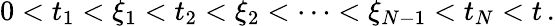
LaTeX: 0<t_{1}<\xi_{1}<t_{2}<\xi_{2}<\dots<\xi_{N-1}<t_{N}<t\, .